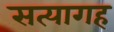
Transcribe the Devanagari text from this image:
सत्यागह